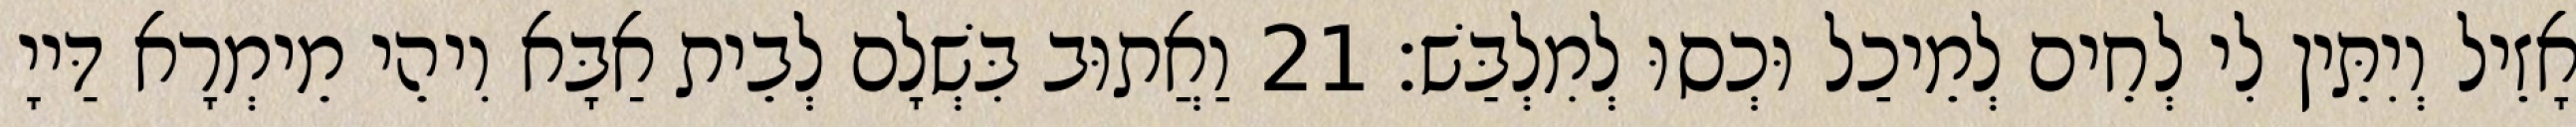
אָזֵיל וְיִתֵּין לִי לְחֵים לְמֵיכַל וּכְסוּ לְמִלְבַּשׁ׃ 21 וַאֲתוּב בִּשְׁלָם לְבֵית אַבָּא וִיהֵי מֵימְרָא דַּייָ